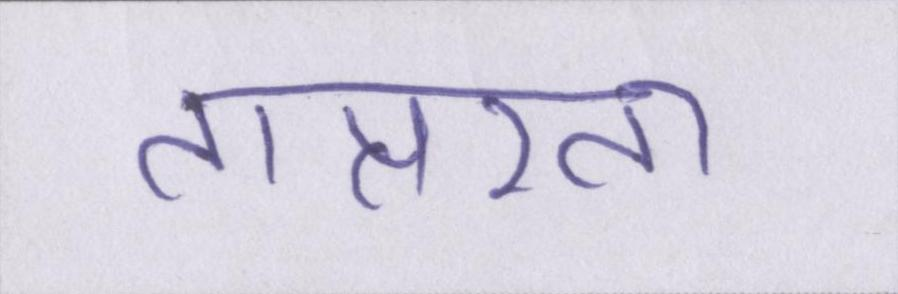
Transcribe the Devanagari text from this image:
तात्परता